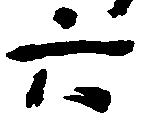
六